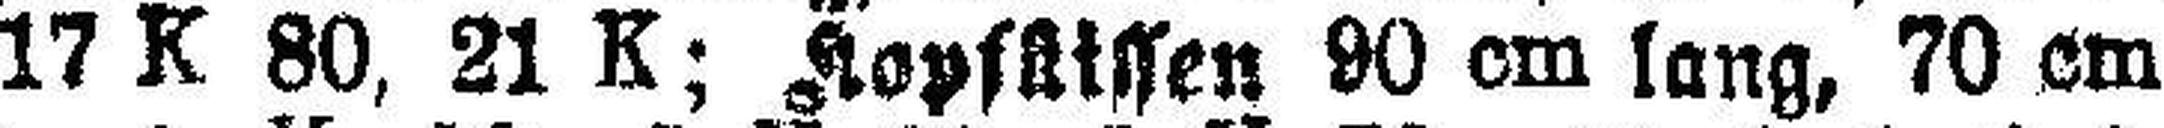
70, 17 K 80, 21 K; Kopfkissen 90 cm lang, 70 cm